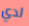
لدي